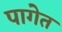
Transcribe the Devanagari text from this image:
पागेत